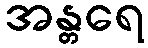
အန္တရေ